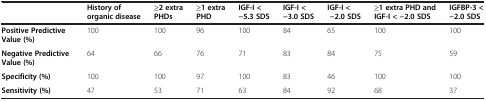
<table><thead><tr><td><b> </b></td><td><b>History of organic disease</b></td><td><b>≥2 extra PHDs</b></td><td><b>≥1 extra PHD</b></td><td><b>IGF-I &lt; -5.3 SDS</b></td><td><b>IGF-I &lt; -3.0 SDS</b></td><td><b>IGF-I &lt; -2.0 SDS</b></td><td><b>≥1 extra PHD and IGF-I &lt; -2.0 SDS</b></td><td><b>IGFBP-3 &lt; -2.0 SDS</b></td></tr></thead><tbody><tr><td><b>Positive Predictive Value (%)</b></td><td>100</td><td>100</td><td>96</td><td>100</td><td>84</td><td>65</td><td>100</td><td>100</td></tr><tr><td><b>Negative Predictive Value (%)</b></td><td>64</td><td>66</td><td>76</td><td>71</td><td>83</td><td>84</td><td>75</td><td>59</td></tr><tr><td><b>Specificity (%)</b></td><td>100</td><td>100</td><td>97</td><td>100</td><td>83</td><td>46</td><td>100</td><td>100</td></tr><tr><td><b>Sensitivity (%)</b></td><td>47</td><td>53</td><td>71</td><td>63</td><td>84</td><td>92</td><td>68</td><td>37</td></tr></tbody></table>